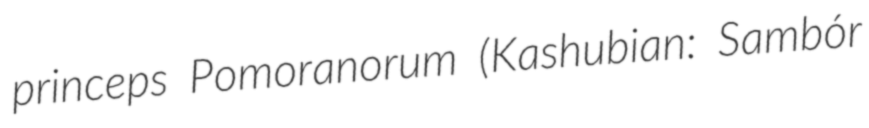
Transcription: princeps Pomoranorum (Kashubian: Sambór